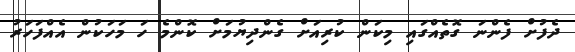
ދެފުށް ފެންނަ ގޮތެއްގައި މިކަން ކުރިއަށް ގެންދިޔުމަށް ކޮންމެ ހަ މަހަކުން އެއްފަހަރު